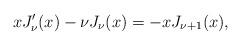
LaTeX: \begin{align*}xJ_\nu'(x)-\nu{J}_\nu(x)=-xJ_{\nu+1}(x),\end{align*}